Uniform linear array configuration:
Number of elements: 24
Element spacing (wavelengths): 0.5
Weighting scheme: kaiser
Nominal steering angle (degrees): -45
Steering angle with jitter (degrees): -43.421
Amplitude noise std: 0.05
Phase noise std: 0.05

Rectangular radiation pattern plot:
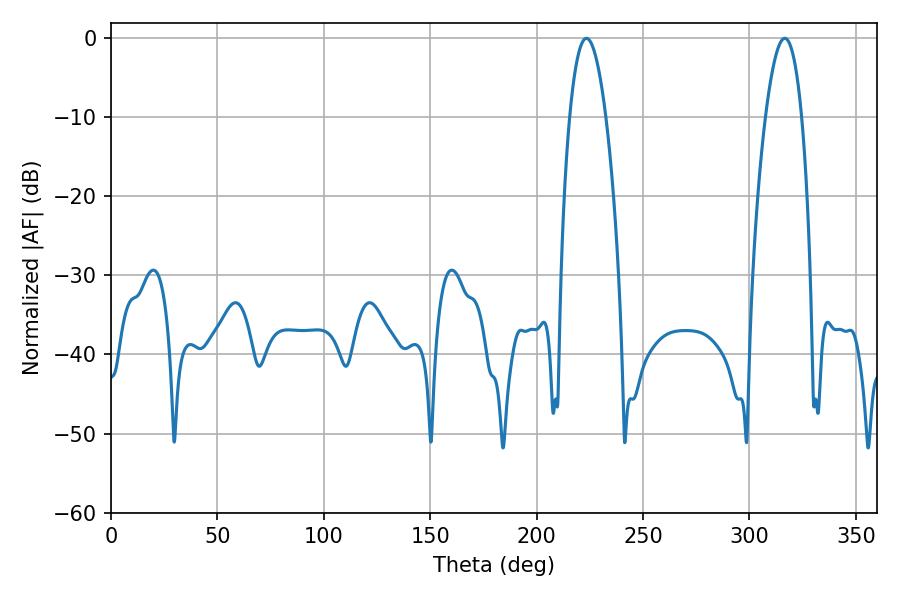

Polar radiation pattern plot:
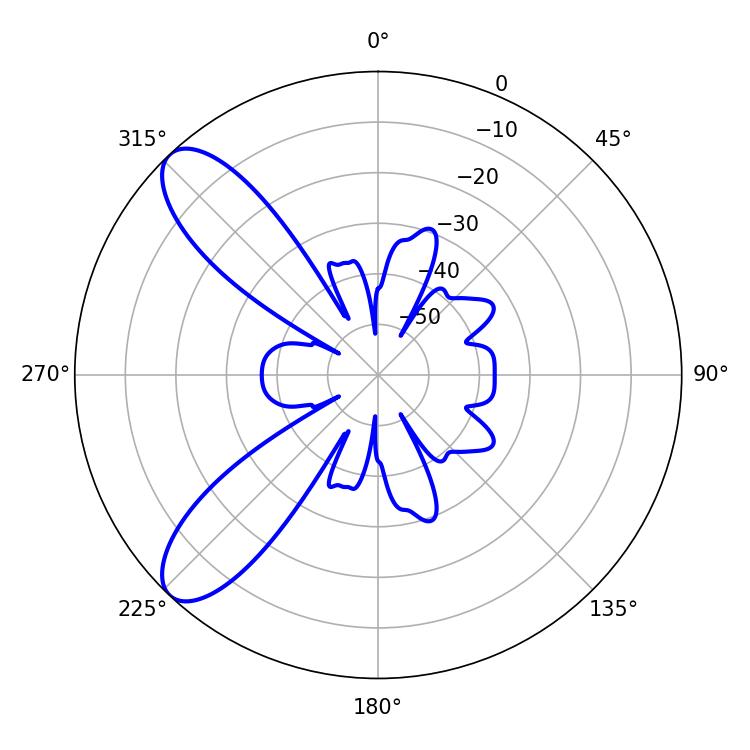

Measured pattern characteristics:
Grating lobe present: FALSE
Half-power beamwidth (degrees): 9.36
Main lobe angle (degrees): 223.38